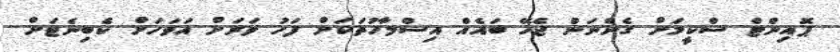
ޕޮއިންޓް ސްކީމަށް ގެންނަން ޖެހޭ ބައެއް އިސްލާހުތަކަށް ފަހު ވަރަށް އަވަހަށް ކެބިނެޓަށް